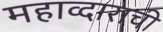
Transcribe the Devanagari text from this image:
महाव्दाराची